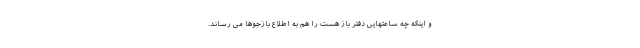
و اینکه چه ساعتهایی دفتر باز هست را هم به اطلاع بازجوها می رساند.